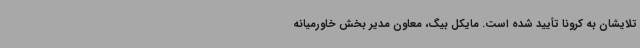
تلایشان به کرونا تأیید شده است. مایکل بیگ، معاون مدیر بخش خاورمیانه